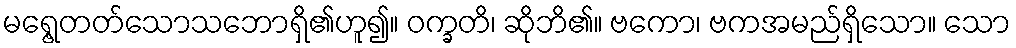
မရွေ့တတ်သောသဘောရှိ၏ဟူ၍။ ဝက္ခတိ၊ ဆိုဘိ၏။ ဗကော၊ ဗကအမည်ရှိသော။ သော